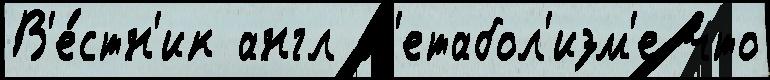
В'е́стн'ик англ м'етабол'изм'е что